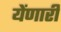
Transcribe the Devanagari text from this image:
येंणारी